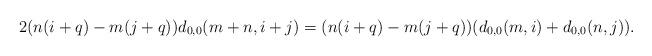
LaTeX: \begin{align*}2(n(i+q)-m(j+q))d_{0,0}(m+n,i+j)=(n(i+q)-m(j+q))(d_{0,0}(m,i)+d_{0,0}(n,j)).\end{align*}